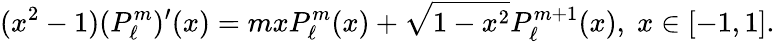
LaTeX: (x^{2}-1)(P_{\ell}^{m})^{\prime}(x)=mxP_{\ell}^{m}(x)+\sqrt{1-x^{2}}P_{\ell}^{m+1}(x),\; x\in[-1,1].